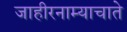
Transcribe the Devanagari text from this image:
जाहीरनाम्याचाते